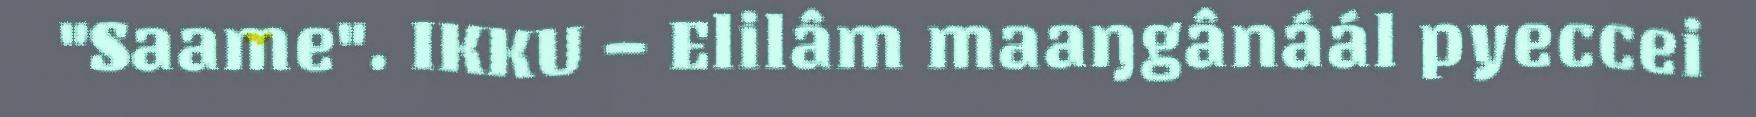
"Saame". IKKU – Elilâm maaŋgânáál pyeccei